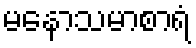
မနောသမာစာရံ